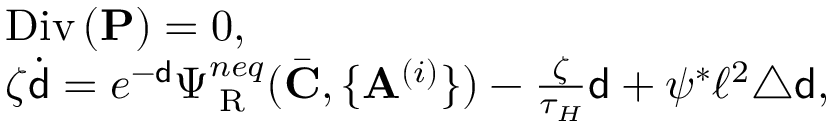
\begin{array} { r l } & { \mathrm { D i v } \, ( \mathbf { P } ) = 0 , } \\ & { \zeta \dot { { \mathsf { d } } } = e ^ { - { \mathsf { d } } } \Psi _ { \mathrm { \tiny ~ R } } ^ { n e q } ( \bar { \mathbf { C } } , \{ \mathbf { A } ^ { ( i ) } \} ) - \frac { \zeta } { \tau _ { H } } { \mathsf { d } } + \psi ^ { * } \ell ^ { 2 } \triangle { \mathsf { d } } , } \end{array}